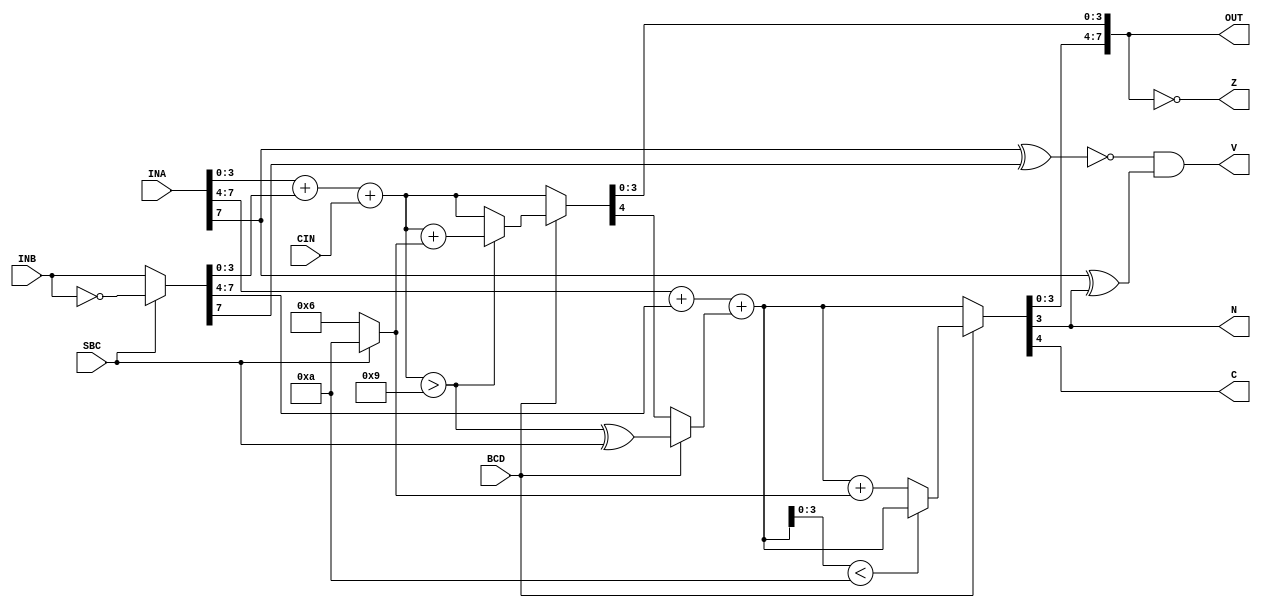
/**
  ******************************************************************************
  * @file    alu.v
  * @author  yxnan <yxnan@pm.me>
  * @year    2020
  * @brief   Arithmetic unit (no Logical part) for Accumulator Register
  ******************************************************************************
  */

module ALU(
    input  [7:0] INA,
    input  [7:0] INB,
    input        SBC,   // perform subtraction?
    input        CIN,   // processor status flag C
    input        BCD,   // processor status flag D
    output [7:0] OUT,   // data out
    output       N,     // PSF Negative
    output       Z,     // PSF Zero
    output       C,     // PSF Carry
    output       V      // PSF Overflow
);

wire   [7:0] num_b;
wire   [4:0] sum_lo;
wire   [4:0] sum_hi;
wire         bcd_over_lo;
wire   [4:0] bcd_sum_lo;
wire   [4:0] bcd_sum_hi;
wire   [3:0] bcd_fix;
wire   [4:0] sum_low;
wire   [4:0] sum_high;
wire         carry;

assign num_b        = SBC ? ~INB : INB;
assign bcd_fix      = SBC ? 4'ha : 4'h6;
assign sum_lo       = INA[3:0] + num_b[3:0] + { 3'b000, CIN };
assign bcd_over_lo  = sum_lo > 5'h9;
assign bcd_sum_lo   = bcd_over_lo ? (sum_lo + bcd_fix) : sum_lo;
assign sum_low      = BCD ? bcd_sum_lo : sum_lo;
assign carry        = BCD ? bcd_over_lo ^ SBC : sum_low[4];
assign sum_hi       = INA[7:4] + num_b[7:4] + { 3'b000, carry };
assign bcd_sum_hi   = (sum_hi[3:0] < 4'ha) ? sum_hi : (sum_hi + bcd_fix);
assign sum_high     = BCD ? bcd_sum_hi : sum_hi;
assign OUT          = { sum_high[3:0], sum_low[3:0] };
assign N            = OUT[7];
assign Z            = OUT == 8'h00;
assign C            = sum_high[4];
assign V            = (!(INA[7] ^ num_b[7]) & (INA[7] ^ OUT[7]));

endmodule